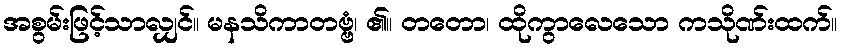
အစွမ်းဖြင့်သာလျှင်။ မနသိကာတဗ္ဗံ၊ ၏။ တတော၊ ထိုကွာလေသော ကသိုဏ်းထက်။